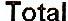
TOTAL